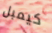
كيمبل